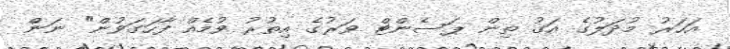
އަހަރު މުދަލުގެ އަގު ތިން ޕަސެންޓް ވަރުގެ އިތުރު ވުމެއް ފާހަގަވުން" ނަން